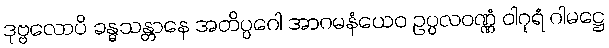
ဒုဗ္ဗလောပိ ခန္ဓသန္တာနေ အတိပ္ပဂေါ အာဂမနံယေဝ ဥပ္ပလဝဏ္ဏံ ဝါဂုရံ ဂါမဋ္ဌေ